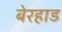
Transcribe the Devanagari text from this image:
बेरहाड